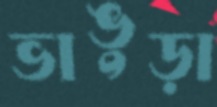
ভাঙুড়া